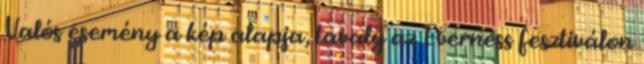
Valós esemény a kép alapja, tavaly az Everness fesztiválon